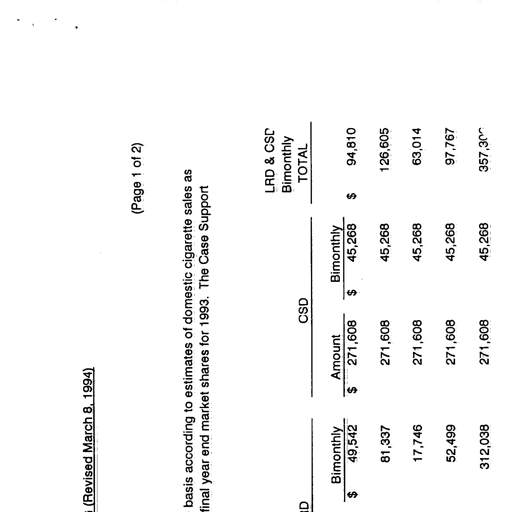
Transcript:
(Revised March 8, 1994)
(Page 1 of 2)
basis according to estimates of domestic cigarette sales as
final year end market shares for 1993. The Case Support
LRD & CSD
CSD
Bimonthly
TOTAL
Bimonthly
Amount
Bimonthly
$
49,542
$
271,608
$
45,268
$
94,810
81,337
271,608
45,268
126,605
17,746
271,608
45,268
63,014
52,499
271,608
45,268
97,767
312,038
271,608
45,268
357,306